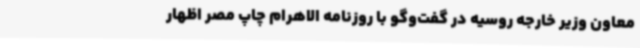
معاون وزیر خارجه روسیه در گفت‌وگو با روزنامه الاهرام چاپ مصر اظهار